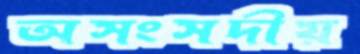
অসংসদীয়